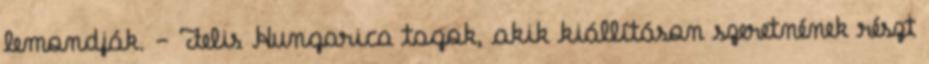
lemondják. - Felis Hungarica tagok, akik kiállításon szeretnének részt